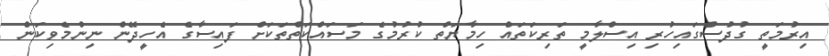
އިރުމަތީ ގުދުސްގައިހުރި އިސްލާމީ ތަރިކަތައް ހިމާޔަތް ކުރުމުގެ މަސައްކަތްތަކަށް ފައިސާގެ އެހީދޭން ނިންމެވިކަން